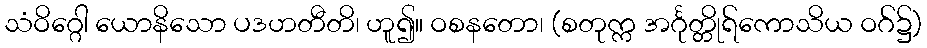
သံဝိဂ္ဂေါ ယောနိသော ပဒဟတီတိ၊ ဟူ၍။ ဝစနတော၊ (စတုက္က အင်္ဂုတ္တိုရ်ကောသိယ ဝဂ်၌)